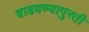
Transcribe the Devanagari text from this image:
वाढवण्यापुरती